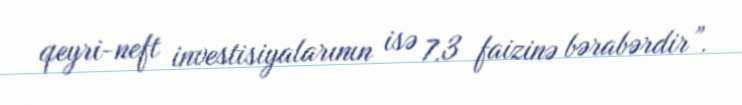
qeyri-neft investisiyalarının isə 7.3 faizinə bərabərdir”.